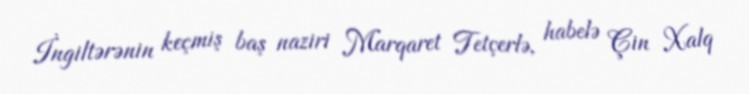
İngiltərənin keçmiş baş naziri Marqaret Tetçerlə, habelə Çin Xalq